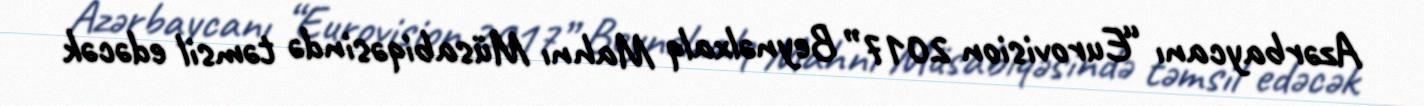
Azərbaycanı “Eurovision 2017” Beynəlxalq Mahnı Müsabiqəsində təmsil edəcək